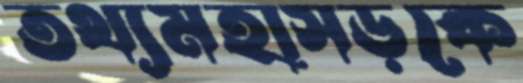
তথ্যমহাসড়কে